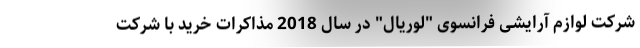
شركت لوازم آرایشی فرانسوی "لوریال" در سال 2018 مذاكرات خرید با شرکت